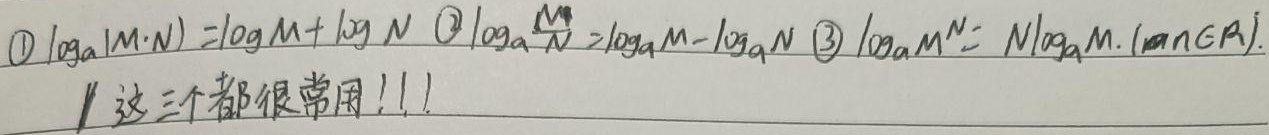

\textcircled{1}\(\log_a(M\cdot N)=\log_aM + \log_aN\)
\textcircled{2}\(\log_a\frac{M}{N}=\log_aM-\log_aN\)
\textcircled{3}\(\log_aM^N = N\log_aM.(a\in A)\)
这三个都很常用!!!